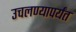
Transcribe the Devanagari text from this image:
उचलण्यापर्यंत